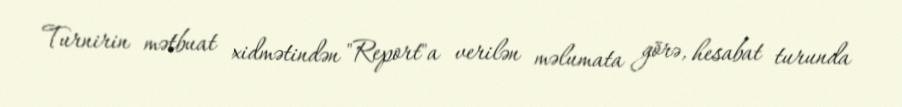
Turnirin mətbuat xidmətindən "Report"a verilən məlumata görə, hesabat turunda